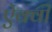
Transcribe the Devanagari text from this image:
ऐक्वी